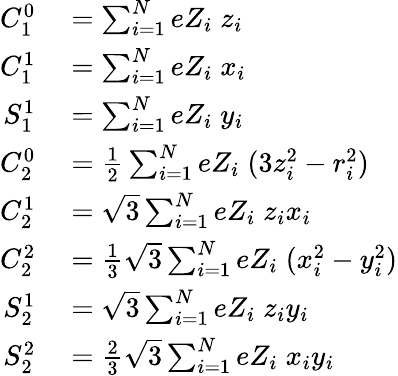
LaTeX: \begin{array}{rl}{C_{1}^{0}}&{{}=\sum_{i=1}^{N}eZ_{i}\; z_{i}}\\ {C_{1}^{1}}&{{}=\sum_{i=1}^{N}eZ_{i}\; x_{i}}\\ {S_{1}^{1}}&{{}=\sum_{i=1}^{N}eZ_{i}\; y_{i}}\\ {C_{2}^{0}}&{{}={\frac{1}{2}}\sum_{i=1}^{N}eZ_{i}\; (3z_{i}^{2}-r_{i}^{2})}\\ {C_{2}^{1}}&{{}={\sqrt{3}}\sum_{i=1}^{N}eZ_{i}\; z_{i}x_{i}}\\ {C_{2}^{2}}&{{}={\frac{1}{3}}{\sqrt{3}}\sum_{i=1}^{N}eZ_{i}\; (x_{i}^{2}-y_{i}^{2})}\\ {S_{2}^{1}}&{{}={\sqrt{3}}\sum_{i=1}^{N}eZ_{i}\; z_{i}y_{i}}\\ {S_{2}^{2}}&{{}={\frac{2}{3}}{\sqrt{3}}\sum_{i=1}^{N}eZ_{i}\; x_{i}y_{i}}\end{array}